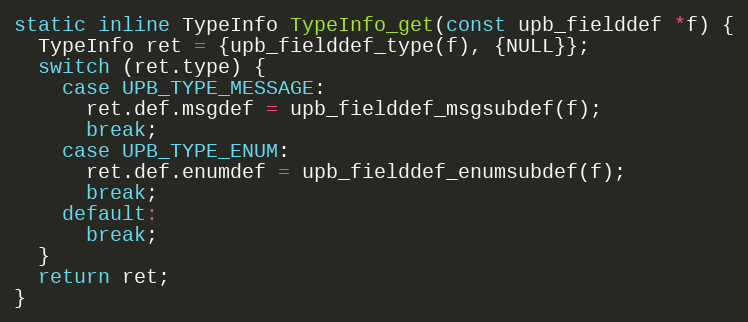
Language: C
static inline TypeInfo TypeInfo_get(const upb_fielddef *f) {
  TypeInfo ret = {upb_fielddef_type(f), {NULL}};
  switch (ret.type) {
    case UPB_TYPE_MESSAGE:
      ret.def.msgdef = upb_fielddef_msgsubdef(f);
      break;
    case UPB_TYPE_ENUM:
      ret.def.enumdef = upb_fielddef_enumsubdef(f);
      break;
    default:
      break;
  }
  return ret;
}